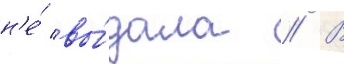
н'е́ вы́дала // В